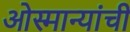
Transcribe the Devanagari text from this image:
ओस्मान्यांची